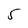
Character: 5